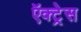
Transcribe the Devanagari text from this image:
ऍक्ट्रेस